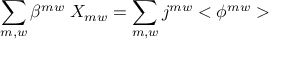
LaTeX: \sum _ { m , w } \beta ^ { m w } \; X _ { m w } = \sum _ { m , w } j ^ { m w } < \phi ^ { m w } > \;